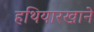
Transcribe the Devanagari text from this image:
हथियारखाने